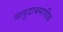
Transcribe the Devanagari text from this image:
वायुदाबमापीय